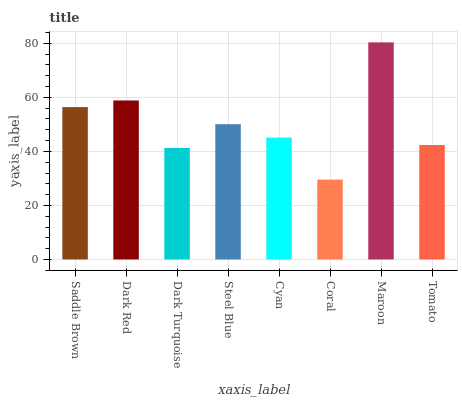
| xaxis_label | bars |
 | --- | --- |
 | Saddle Brown | 56.4 |
 | Dark Red | 58.9 |
 | Dark Turquoise | 41.3 |
 | Steel Blue | 50.1 |
 | Cyan | 45.1 |
 | Coral | 29.6 |
 | Maroon | 80.4 |
 | Tomato | 42.4 |